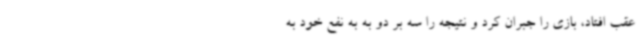
عقب افتاد، بازی را جبران کرد و نتیجه را سه بر دو به به نفع خود به